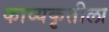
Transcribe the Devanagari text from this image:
काव्यकृतीला